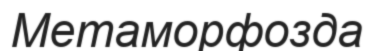
Метаморфозда